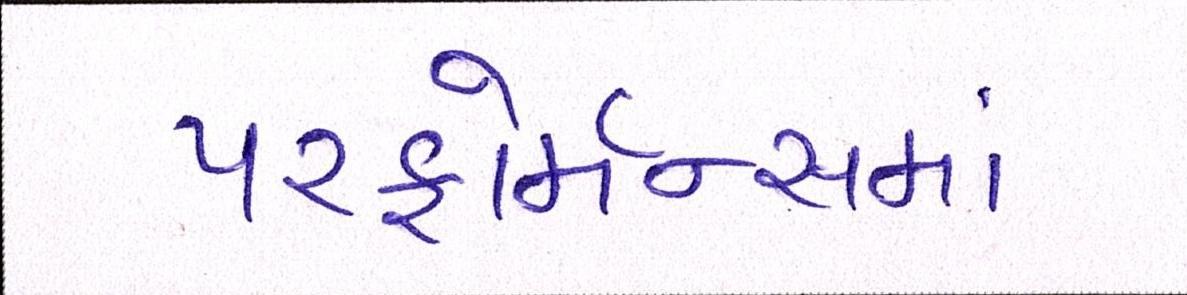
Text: પરફોર્મન્સમાં